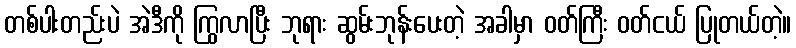
တစ်ပါးတည်းပဲ အဲဒီကို ကြွလာပြီး ဘုရား ဆွမ်းဘုန်းပေးတဲ့ အခါမှာ ဝတ်ကြီး ဝတ်ငယ် ပြုတယ်တဲ့။